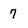
Character: 7